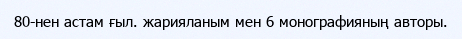
80-нен астам ғыл. жарияланым мен 6 монографияның авторы.